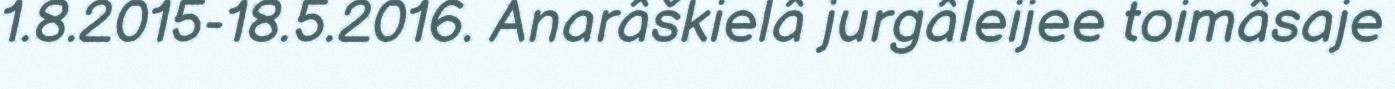
1.8.2015-18.5.2016. Anarâškielâ jurgâleijee toimâsaje